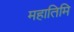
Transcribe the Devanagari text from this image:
महातिमि